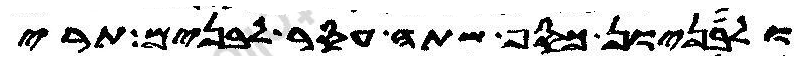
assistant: ולבניון כסף שתה עסר לבנים תרי